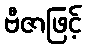
ဗီဇာဖြင့်